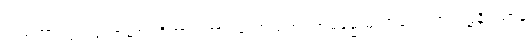
၁၊ မဟာဝဂ္ဂ ပယောဓရာ ဝိဘာဂါဘာဝတော မဟဂ္ဂတဓမ္မေ မဟာလောဟကုမ္ဘိနိရယာနံ